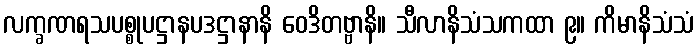
လက္ခဏရသပစ္စုပဋ္ဌာနပဒဋ္ဌာနာနိ ဝေဒိတဗ္ဗာနိ။ သီလာနိသံသကထာ ၉။ ကိမာနိသံသံ